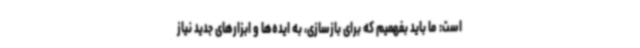
است: ما باید بفهمیم که برای بازسازی، به ایده‌ها و ابزارهای جدید نیاز